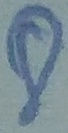
Text: 8